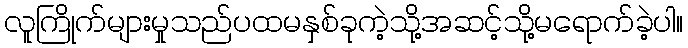
လူကြိုက်များမှုသည်ပထမနှစ်ခုကဲ့သို့အဆင့်သို့မရောက်ခဲ့ပါ။